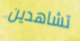
تشاهدين